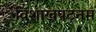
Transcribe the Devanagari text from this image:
विशाखपटनम